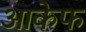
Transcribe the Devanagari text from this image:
आकेफ